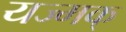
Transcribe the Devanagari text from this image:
यज्मक्